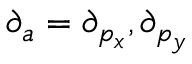
\partial _ { a } = \partial _ { p _ { x } } , \partial _ { p _ { y } }